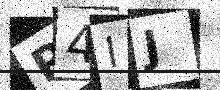
Text: P4IJ